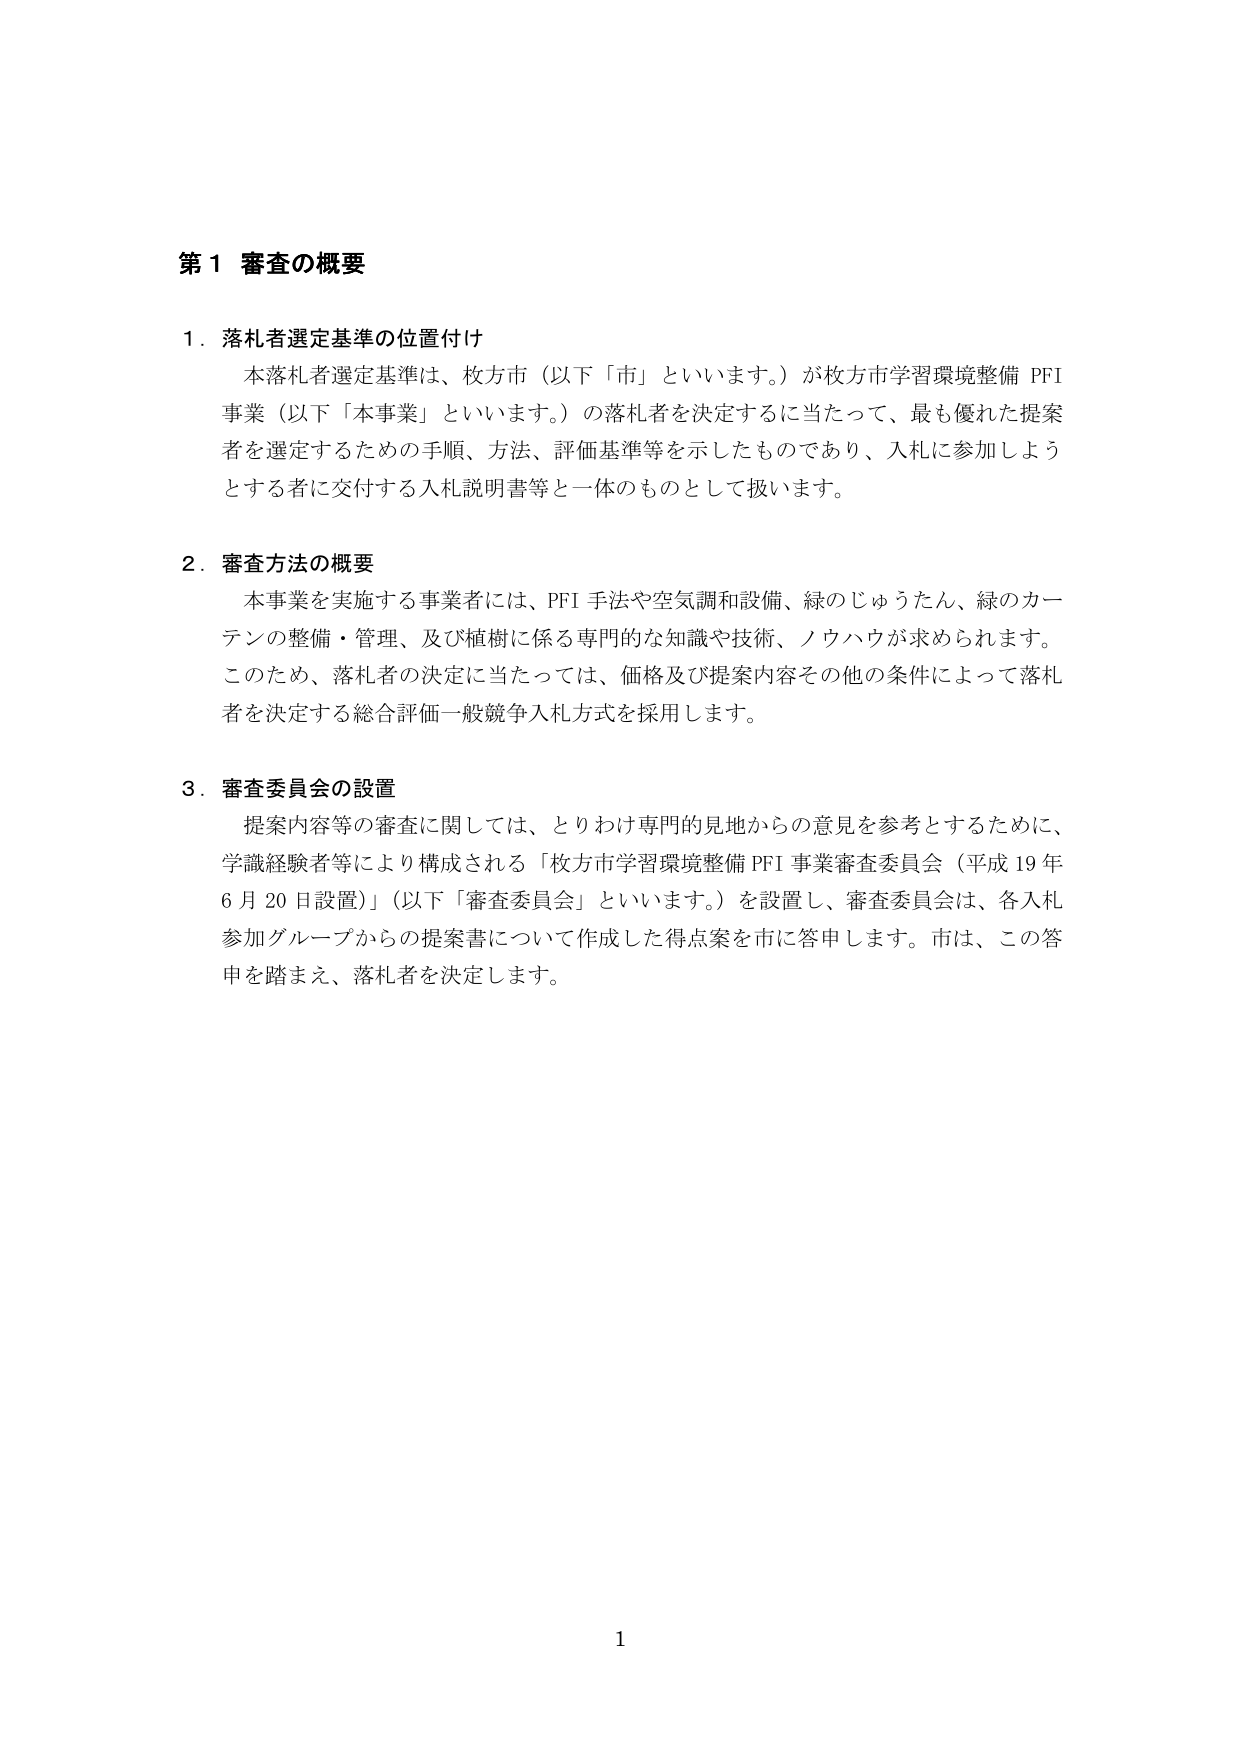
第１ 審査の概要

１．落札者選定基準の位置付け
　本落札者選定基準は、枚方市（以下「市」といいます。）が枚方市学習環境整備 PFI 事業（以下「本事業」といいます。）の落札者を決定するに当たって、最も優れた提案者を選定するための手順、方法、評価基準等を示したものであり、入札に参加しようとする者に交付する入札説明書等と一体のものとして扱います。

２．審査方法の概要
　本事業を実施する事業者には、PFI 手法や空気調和設備、緑のじゅうたん、緑のカーテンの整備・管理、及び植樹に係る専門的な知識や技術、ノウハウが求められます。このため、落札者の決定に当たっては、価格及び提案内容その他の条件によって落札者を決定する総合評価一般競争入札方式を採用します。

３．審査委員会の設置
　提案内容等の審査に関しては、とりわけ専門的見地からの意見を参考とするために、学識経験者等により構成される「枚方市学習環境整備 PFI 事業審査委員会（平成 19 年 6 月 20 日設置）」（以下「審査委員会」といいます。）を設置し、審査委員会は、各入札参加グループからの提案書について作成した得点案を市に答申します。市は、この答申を踏まえ、落札者を決定します。

1